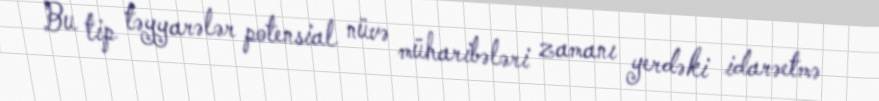
Bu tip təyyarələr potensial nüvə müharibələri zamanı yerdəki idarəetmə